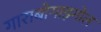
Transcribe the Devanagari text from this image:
गाराबोगाझ्गोल